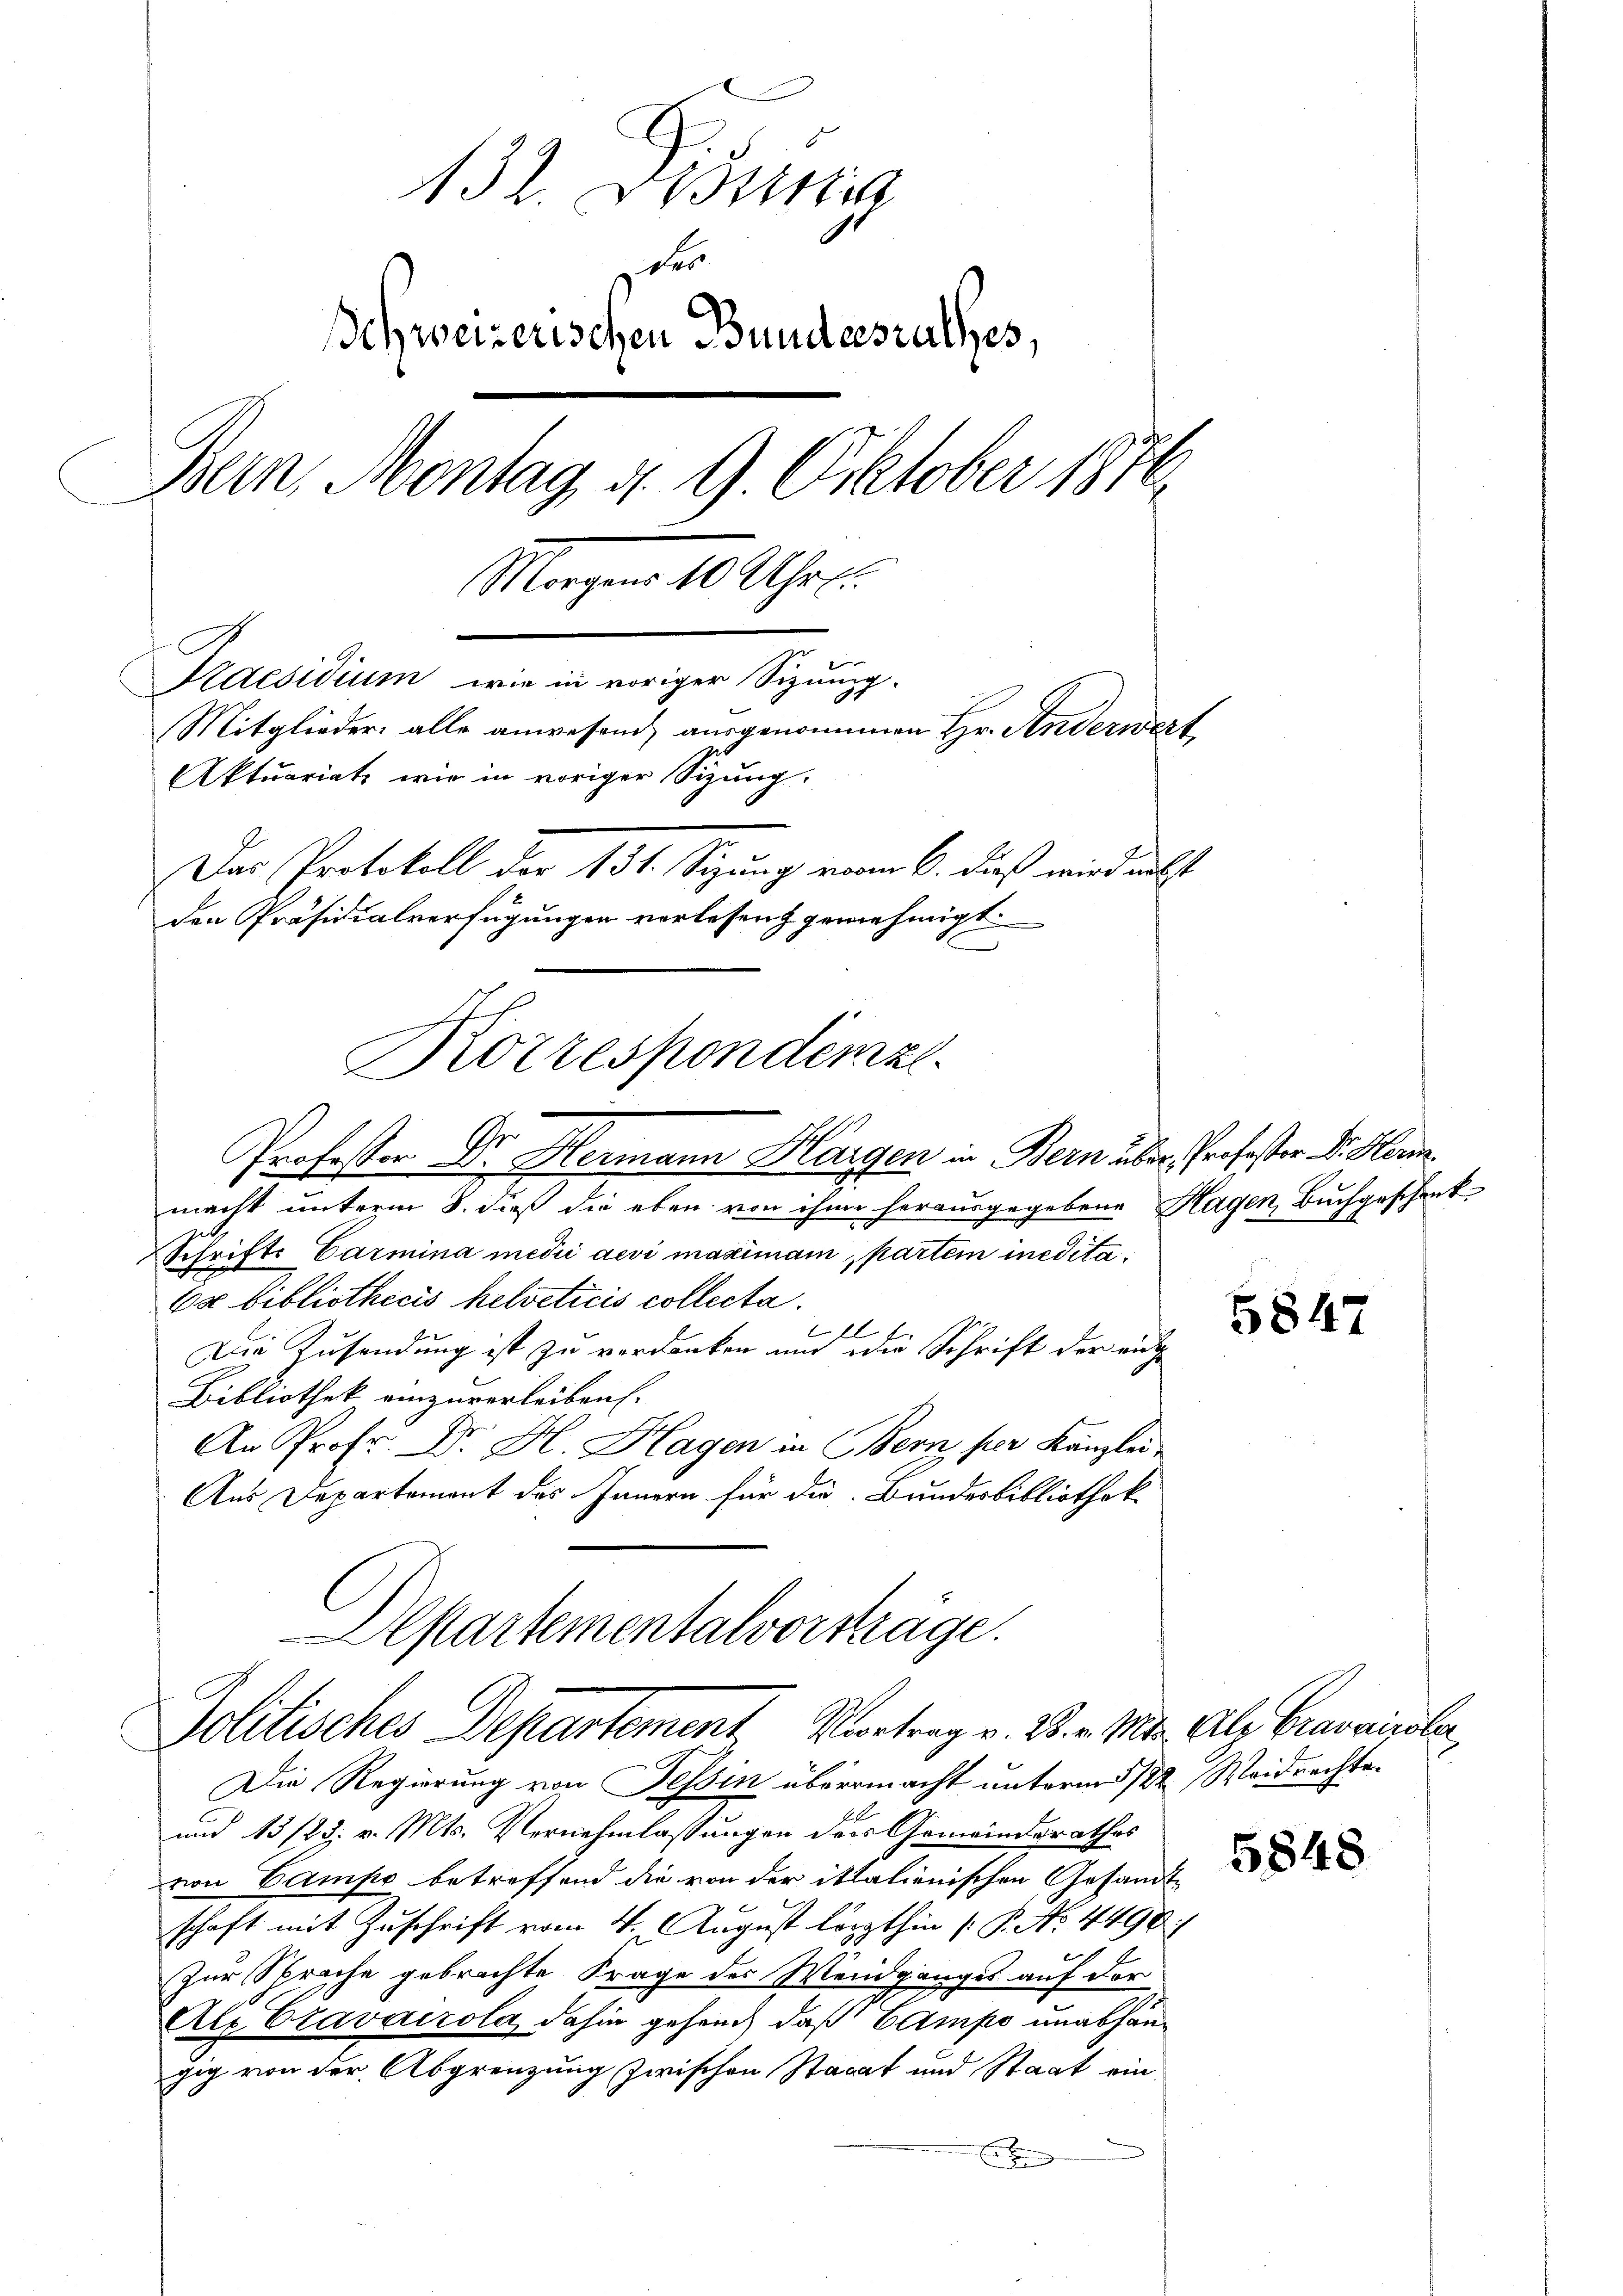
132. Disung
Ichweizerischen Bundesrathes,
Bern, Montag, d. 9. Oktober 1876
Morgen 10 Uhr.
Praesidium, wie in voriger Sizung.
Mitglieder alle anwesend, ausgenommen Hr. Anderwert
Aktuariats wir in voriger Sizung.
Das Protokoll der 131. stigung vom 6. dieß wird nebst
den Präsidialverfügungen verlesen genehmigt.
Kotzespondenze.

Gr
Professor D. Hermann Hargen in Bern über Professor Dr. Her

macht unterm 8. dieß die eben von ihm herausgegebene Hagen, Buchgeschenk
Schrift. Carmina medii aevi maximann, partem inedita¬
6x bibliothecis helveticis collecta.
l
Die Zusendung ist zu verdanken und die Schrift der eig
Bibliothek einzuverleiben.
An Prof. Dr. H. Hagen in Bern, per Kanzlei
Aus Departement des Innern für die Bundesbibliothek

Departementalvorsträge.
Politisches Departement, Vortrag v. 2. v. Mts. Als Graswinsler

Die Regierung von Tessin übermacht unterm 5/22 Weidrechte.
und 13/23. v. Mts. Vernehmlassungen der Gemeindsrathes
von Campe betreffend die von der ittalienischen Gesandt
schaft mit Zuschrift vom 4. August lezthin (: P. No. 4490
Zur Sprache gebrachte Frage des Weidganges auf der
Al Cravacrola, dahin gehend, daß Ampo unabhangig von der Abgrenzung zwischen Staat und Staat ein¬
E

5847

5848